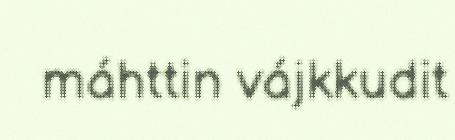
máhttin vájkkudit